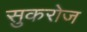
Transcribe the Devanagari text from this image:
सुकरोज